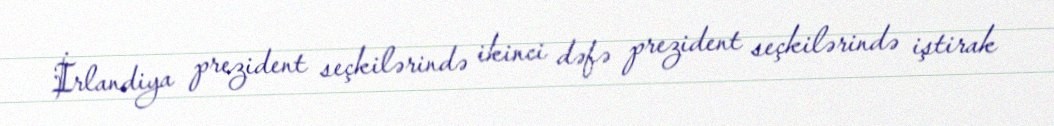
İrlandiya prezident seçkilərində ikinci dəfə prezident seçkilərində iştirak